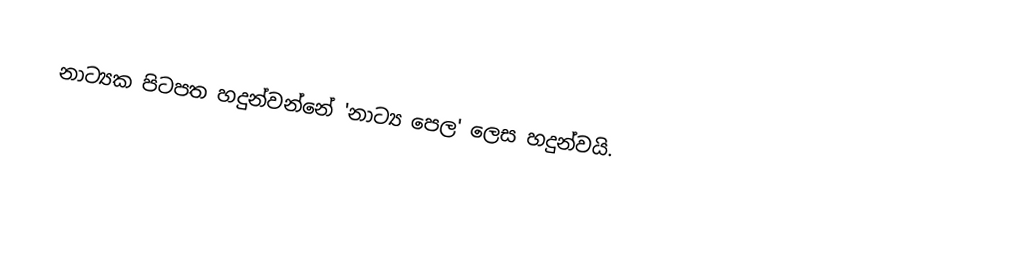
නාට්‍යක පිටපත හදුන්වන්නේ 'නාට්‍ය පෙල' ලෙස හදුන්වයි.